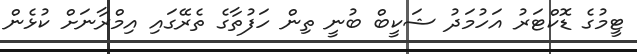
ޓީމުގެ ޑޮކްޓަރު އަހުމަދު ޝަކީބް ބުނީ ތިން ހަފުތާގެ ތެރޭގައި އިމްރާނަށް ކުޅެން